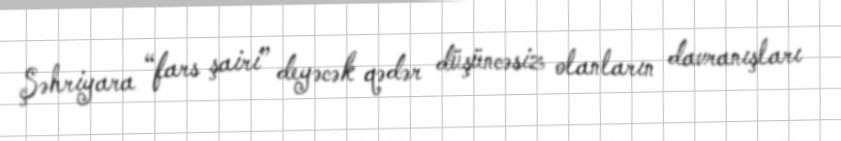
Şəhriyara “fars şairi” deyəcək qədər düşüncəsiz olanların davranışları